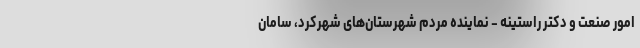
امور صنعت و دکتر راستینه - نماینده مردم شهرستان‌های شهرکرد، سامان